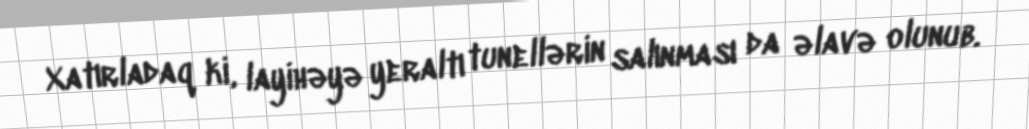
Xatırladaq ki, layihəyə yeraltı tunellərin salınması da əlavə olunub.